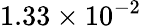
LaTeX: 1.33\times 10^{-2}